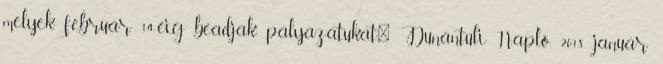
melyek február 14-éig beadják pályázatukat." Dunántúli Napló, 2018. január